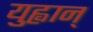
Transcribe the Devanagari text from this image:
युह्वान्